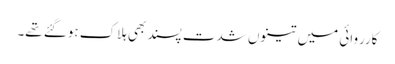
کارروائی میں تینوں شدت پسند بھی ہلاک ہوگئے تھے۔